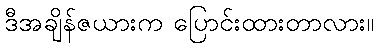
ဒီအချိန်ဇယားက ပြောင်းထားတာလား။